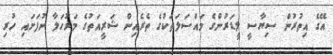
އޭގެ އިތުރުން ސިޔާސީ ލީޑަރުންގެ މައްސަލަތަކުގެ ތެރެއިން ޝަރީއަތުގެ މަރުހަލާ ނުފަށައި ހުރި